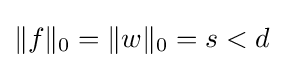
\|f\|_{0}=\|w\|_{0}=s<d